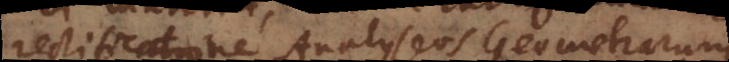
rectificatione Analyseos Geometrarum.